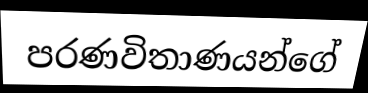
පරණවිතාණයන්ගේ